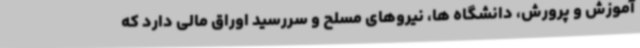
آموزش و پرورش، دانشگاه ها، نیروهای مسلح و سررسید اوراق مالی دارد که